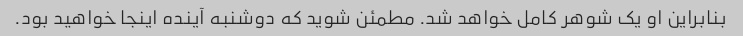
بنابراین او یک شوهر کامل خواهد شد. مطمئن شوید که دوشنبه آینده اینجا خواهید بود.